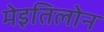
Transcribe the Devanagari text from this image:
मेइतिलोन